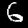
Digit: 6